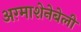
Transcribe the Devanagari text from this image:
अग़्माशेनेबेली